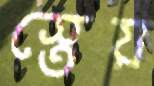
স্তেয়